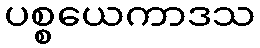
ပစ္စယေကာဒသ